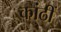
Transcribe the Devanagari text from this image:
कांठीं